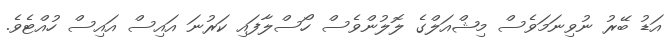
އަޑު ބޭރު ނުވިނަމަވެސް މިޝްއަލްގެ ލޮލުންވެސް ހޯސްލާފައި ކަރުނަ އައިސް އައިސް ހުއްޓެވެ.